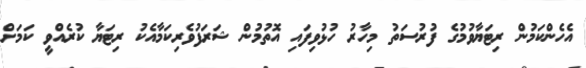
އެހެންކަމުން ރިޓަޔާވުމުގެ ފުރުސަތު މިހާރު ހުޅުވިފައި އޮތުމުން ޝަރަފުވެރިކަމާއެކު ރިޓަޔާ ކުރެއްވީ ކަމަށް